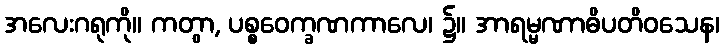
အလေးဂရုကို။ ကတွာ, ပစ္စဝေက္ခဏကာလေ၊ ၌။ အာရမ္မဏာဓိပတိဝသေန၊